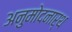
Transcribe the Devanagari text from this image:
अनुमोदनार्थ